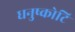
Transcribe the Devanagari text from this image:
धनुष्कोटि